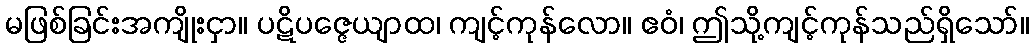
မဖြစ်ခြင်းအကျိုးငှာ။ ပဋိပဇ္ဇေယျာထ၊ ကျင့်ကုန်လော။ ဧဝံ၊ ဤသို့ကျင့်ကုန်သည်ရှိသော်။